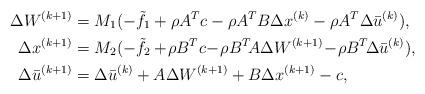
LaTeX: \begin{align*}\Delta W^{(k+1)} &= M_1(-\tilde{f}_1+\rho A^Tc -\rho A^TB\Delta x^{(k)}-\rho A^T \Delta \bar{u}^{(k)}),\\\Delta x^{(k+1)} &=M_2(-\tilde{f}_2+\!\rho B^Tc\! -\!\rho B^T\!A\Delta W^{(k+1)}\!-\!\rho B^T\! \Delta \bar{u}^{(k)}),\\\Delta \bar{u}^{(k+1)} &= \Delta \bar{u}^{(k)} + A \Delta W^{(k+1)} + B \Delta x^{(k+1)} - c,\end{align*}